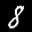
Label: 8